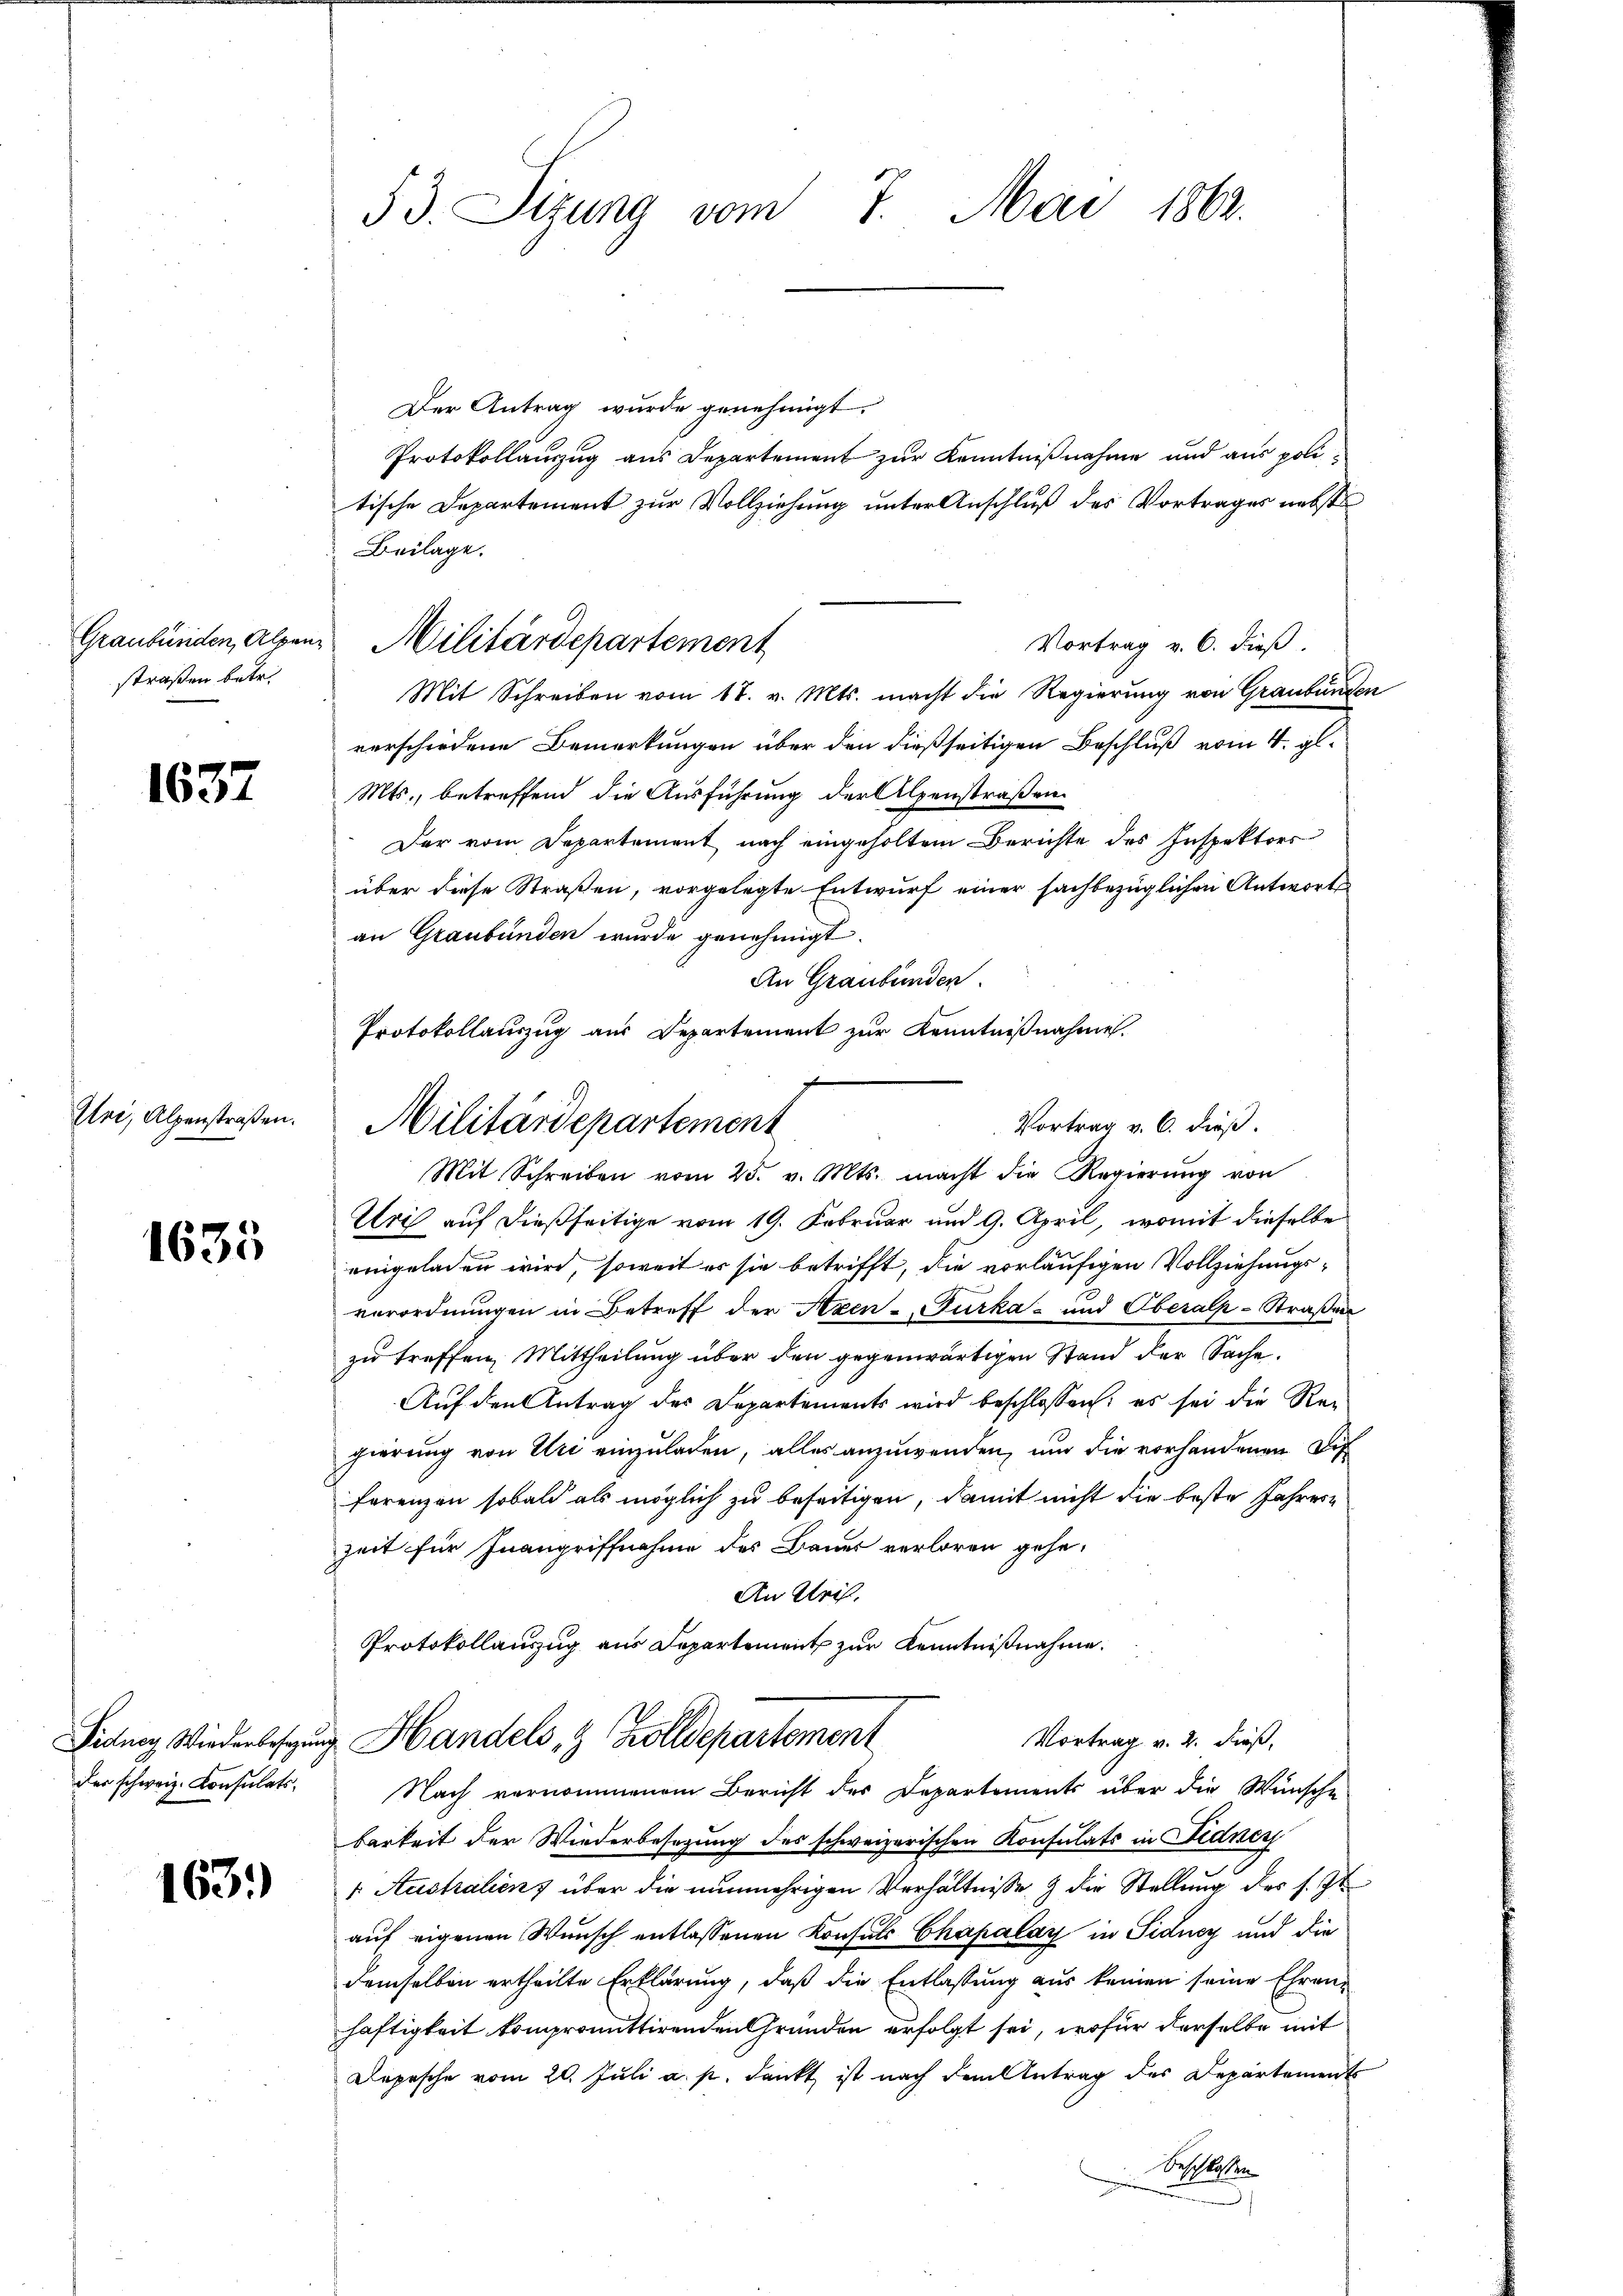
straßen betr.

1637

1635

163.

Der Antrag wurde genehmigt.
Protokollauszug aus Departement zur Kenntnißnahme und aus politische Departement zur Vollziehung unter Anschluß des Vortrages nebst
Beilage.
Vortrag v. 6. dieß.
Mit Schreiben vom 17. v. Mts. macht die Regierung von Graubünden
verschiedene Bemerkungen über den dießseitigen Beschluß vom 4. gl.
Mts., betreffend die Ausführung der Alpenstraßen
Der vom Departement nach eingeholtem Berichte des Inspektors
über diese Straßen, vorgelegte Entwurf einer sachbezüglichen Antworts
an Graubünden wurde genehmigt.
An Graubünden.
Protokollauszug aus Departement zur Kenntnißnahme.

Mit Schreiben vom 25. v. Mts. macht die Regierŭng von
Uri auf dießseitige vom 19. Februar und 9. April, womit dieselbe
eingeladen wird, soweit es sie betrifft, die vorläufigen Vollziehungs-
verordnungen in Betreff der Axen-Gurka und Oberalp-Straßen
zu treffen, Mittheilung über den gegenwärtigen Stand der Sache.
Auf den Antrag des Departements wird beschlossen: es sei die Re-
gierung von Uri einzuladen, alles anzuwenden, und die vorhandenen Dis
ferenzen sobald als möglich zu beseitigen, damit nicht die beste Jahrere
zeit für Inangriffnahme des Bauer verloren gehe.
An Kleid.
Protokollauszug aus Departement zur Kenntnißnahme.
Vortrag v. 2. dieß,
Fidney Wiederlesung Handels- & Zolldepartement
der schweiz. Consulats. Nach vernommenem Bericht des Departements über die Wünsche
barkeit der Wiederbesezung des schweizerischen Konsulats in Fidnen
2
1. Australien über die nunmehrigen Verhältnisse & die Stellung der s. Zt
auf eigenen Wunsch entlassenen Konsuls Chapalay in Fidney und die
demselben ertheilte Erklärung, daß die Entlassung aus keinen seine Ehrenhaftigkeit kompromittirenden Gründen erfolgt sei, wofür derselbe mit
Depesche vom 20. Juli a. p. dankt ist nach dem Antrag des Departements
Beschlossen
e

53. Sizung vom 7. Mai 1863.

Graubünden, Alpen Militärdepartement

Zlei, Alpenstraßen. Militärdepartement
Vortrag v. 6. dieß.